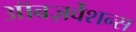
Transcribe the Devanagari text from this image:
ऑबज़र्वेशन्स